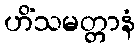
ဟိံသမတ္တာနံ